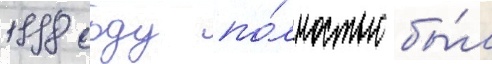
1998 году по́лностью бы́л